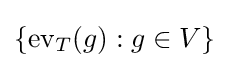
\{\operatorname {ev} _{T}(g):g\in V\}